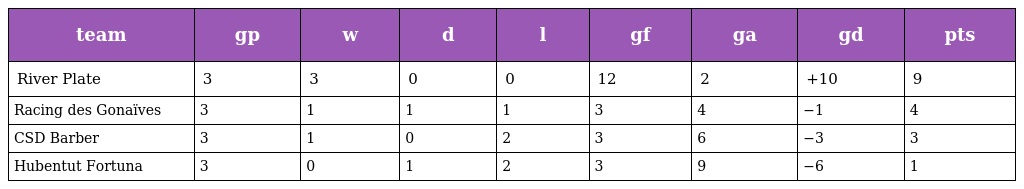
| team | gp | w | d | l | gf | ga | gd | pts |
 | --- | --- | --- | --- | --- | --- | --- | --- | --- |
 | River Plate | 3 | 3 | 0 | 0 | 12 | 2 | +10 | 9 |
 | Racing des Gonaïves | 3 | 1 | 1 | 1 | 3 | 4 | −1 | 4 |
 | CSD Barber | 3 | 1 | 0 | 2 | 3 | 6 | −3 | 3 |
 | Hubentut Fortuna | 3 | 0 | 1 | 2 | 3 | 9 | −6 | 1 |